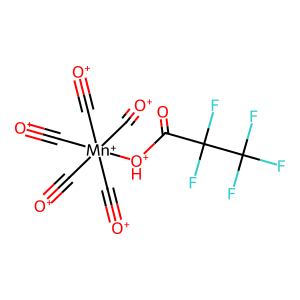
SMILES: O=C([OH+][Mn+](C#[O+])(C#[O+])(C#[O+])(C#[O+])C#[O+])C(F)(F)C(F)(F)F
Inhibits HIV replication: No